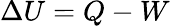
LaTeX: \Delta U=Q-W